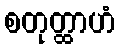
စတုတ္ထာဟံ